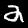
Digit: 2